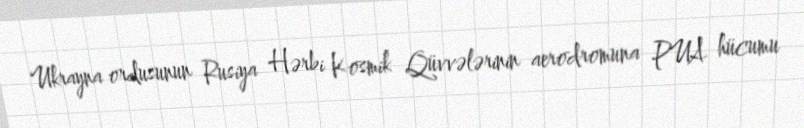
Ukrayna ordusunun Rusiya Hərbi Kosmik Qüvvələrinin aerodromuna PUA hücumu